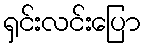
ရှင်းလင်းပြော